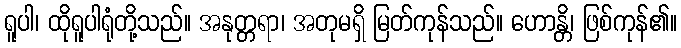
ရူပါ၊ ထိုရူပါရုံတို့သည်။ အနုတ္တရာ၊ အတုမရှိ မြတ်ကုန်သည်။ ဟောန္တိ၊ ဖြစ်ကုန်၏။